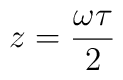
z = {{\omega \tau} \over {2}}